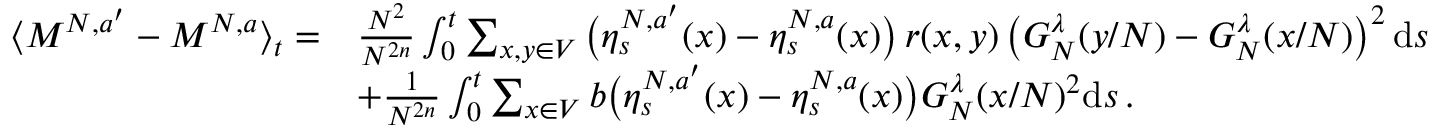
\begin{array} { r l } { \langle M ^ { N , a ^ { \prime } } - M ^ { N , a } \rangle _ { t } = } & { \frac { N ^ { 2 } } { N ^ { 2 n } } \int _ { 0 } ^ { t } \sum _ { x , y \in V } \big ( \eta _ { s } ^ { N , a ^ { \prime } } ( x ) - \eta _ { s } ^ { N , a } ( x ) \big ) \, r ( x , y ) \left( G _ { N } ^ { \lambda } ( y / N ) - G _ { N } ^ { \lambda } ( x / N ) \right) ^ { 2 } \mathrm { d } s } \\ & { + \frac { 1 } { N ^ { 2 n } } \int _ { 0 } ^ { t } \sum _ { x \in V } b \big ( \eta _ { s } ^ { N , a ^ { \prime } } ( x ) - \eta _ { s } ^ { N , a } ( x ) \big ) G _ { N } ^ { \lambda } ( x / N ) ^ { 2 } \mathrm { d } s \, . } \end{array}